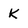
Character: k